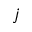
j